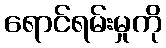
ရောင်ရမ်းမှုကို